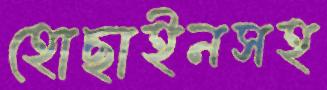
হোছাইনসহ